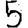
Digit: 5